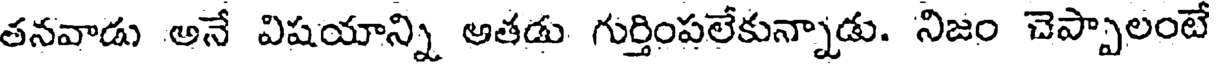
తనవాడు అనే విషయాన్ని అతడు గుర్తింపలేకున్నాడు. నిజం చెప్పాలంటే